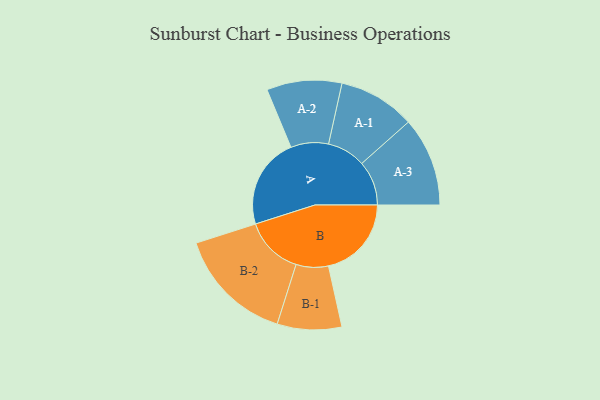
{"axis": {"x": "Segment", "y": "Value"}, "legend": ["", "A", "B"], "data": [{"x": "A", "y": 458, "type": ""}, {"x": "B", "y": 417, "type": ""}, {"x": "A-1", "y": 193, "type": "A"}, {"x": "A-2", "y": 189, "type": "A"}, {"x": "A-3", "y": 224, "type": "A"}, {"x": "B-1", "y": 162, "type": "B"}, {"x": "B-2", "y": 294, "type": "B"}]}